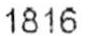
1816